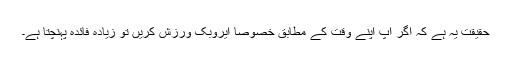
حقیقت یہ ہے کہ اگر آپ اپنے وقت کے مطابق خصوصاً ایروبک ورزش کریں تو زیادہ فائدہ پہنچتا ہے۔